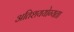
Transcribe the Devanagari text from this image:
अतिशययोग्यता